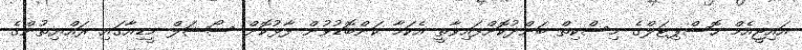
އައިޖީއެެމް ހޮސްޕިޓަލްގެ މިސްކިތް ބަންދުކޮށްފައިވާތީ އެކަމާ ކަންބޮޑުވުން ފާޅުކޮށް ސޯޝަލް މީޑިއާގައި ރައްޔިތުންގެ